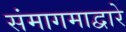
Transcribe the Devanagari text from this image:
संमागमाद्वारे